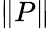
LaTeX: \| P\|